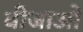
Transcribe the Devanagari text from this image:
वीजाओं